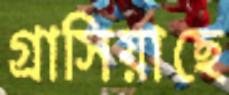
গ্রাসিয়াছে